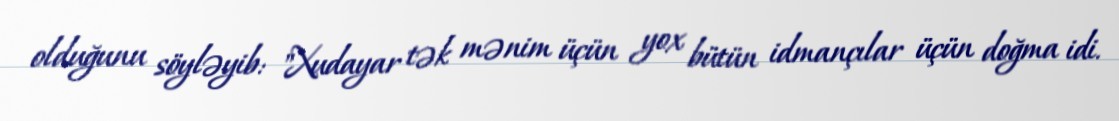
olduğunu söyləyib: "Xudayar tək mənim üçün yox bütün idmançılar üçün doğma idi.